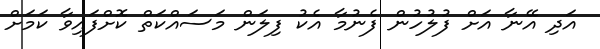
އަދި އޭނާ އަށް ފުލުހުން ފެނުމާ އެކު ފިލަން މަސައްކަތް ކޮށްފައިވާ ކަމަށް